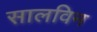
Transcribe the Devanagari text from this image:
सालविन